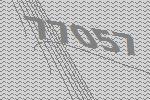
77057